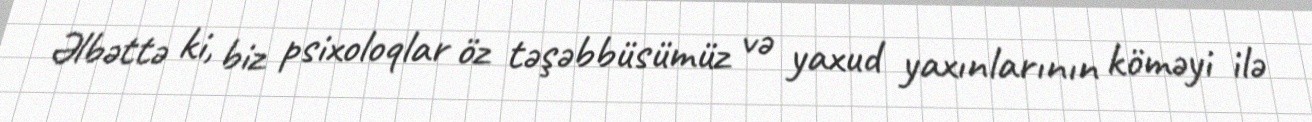
Əlbəttə ki, biz psixoloqlar öz təşəbbüsümüz və yaxud yaxınlarının köməyi ilə